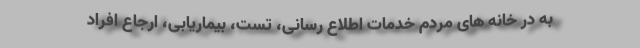
به در خانه های مردم خدمات اطلاع رسانی، تست، بیماریابی، ارجاع افراد